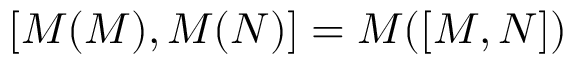
[ { \cal M } ( M ) , { \cal M } ( N ) ] = { \cal M } ( [ M , N ] )